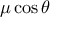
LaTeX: \mu \cos \theta